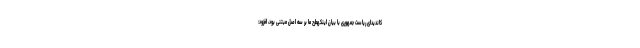
کاندیدای ریاست جمهوری با بیان اینکهطرح ما بر سه اصل مبتنی بود، افزود: